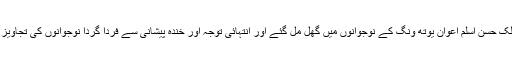
نیز میٹنگ کے بعد ملک عمر اسلم اعوان اور ملک حسن اسلم اعوان یوتھ ونگ کے نوجوانوں میں گھل مل گئے اور انتہائی توجہ اور خندہ پیشانی سے فرداّ گرداّ نوجوانوں کی تجاویز کو سنااور مختلف امور پر تبادلہ خیال بھی کیا۔